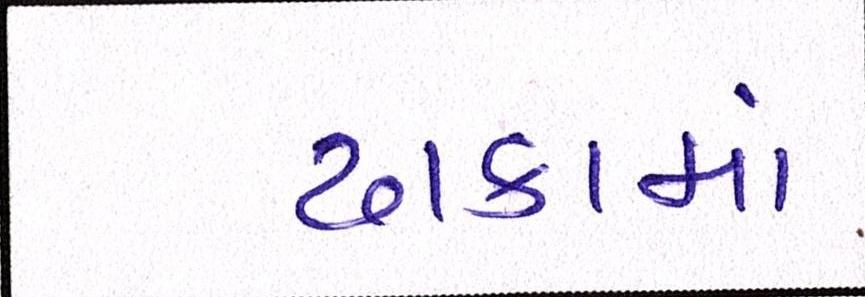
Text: ઢાકામાં